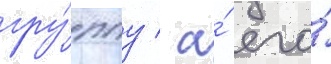
гру́ппу / а́ его́